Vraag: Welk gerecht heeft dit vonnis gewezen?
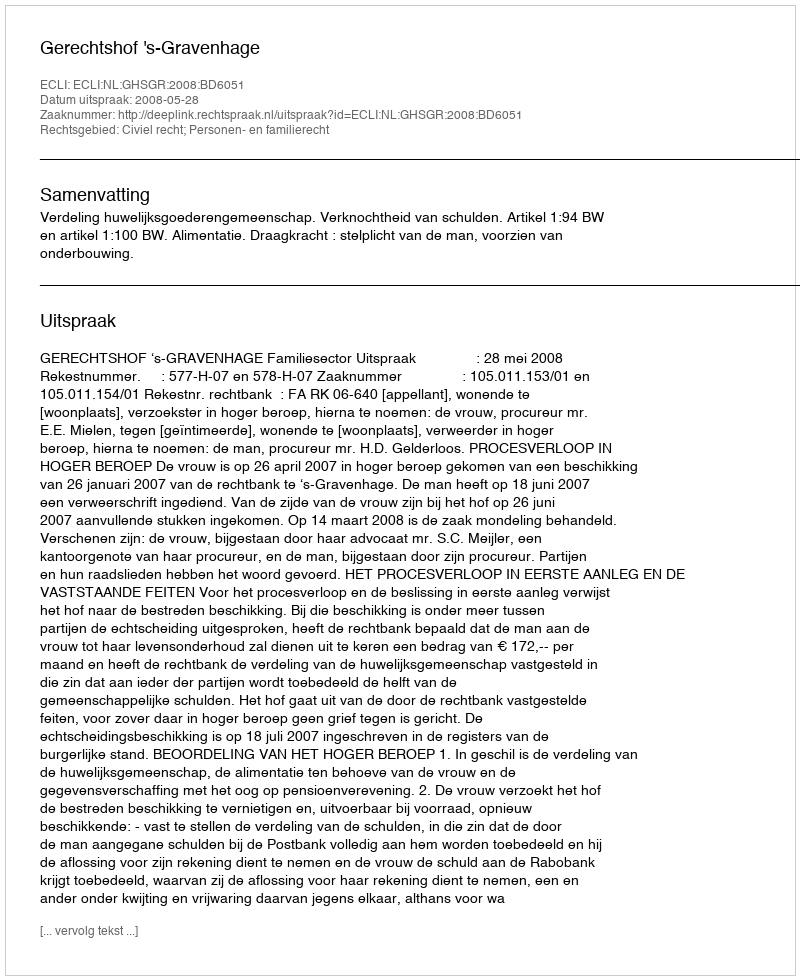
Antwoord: Gerechtshof 's-Gravenhage